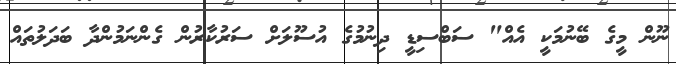
ނޫން މީގެ ބޭނުމަކީ އެއް" ސަބްސިޑީ ދިނުމުގެ އުސޫލަށް ސަރުކާރުން ގެންނަމުންދާ ބަދަލުތައް